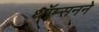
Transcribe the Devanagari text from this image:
थॉम्सनने